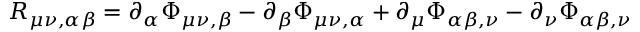
R _ { \mu \nu , \alpha \beta } = \partial _ { \alpha } \Phi _ { \mu \nu , \beta } - \partial _ { \beta } \Phi _ { \mu \nu , \alpha } + \partial _ { \mu } \Phi _ { \alpha \beta , \nu } - \partial _ { \nu } \Phi _ { \alpha \beta , \nu }